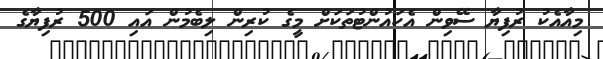
މިއާއެކު ރުފިޔާ ސޭވިން އެކައުންޓުތަކަށް މީގެ ކުރިން ލިބެމުން އައި 500 ރުފިޔާގެ